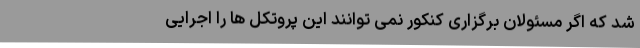
شد که اگر مسئولان برگزاری کنکور نمی توانند این پروتکل ها را اجرایی